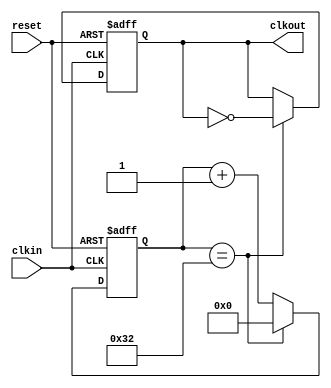
`timescale 1ns / 1ps

module clk_divider(clkin, reset, clkout);

input clkin,reset;
output clkout;

reg [5:0]count;
reg clkout;

always @(posedge clkin or posedge reset) begin
    if(reset)  begin
         count <= 0;
         clkout <= 1'b0;
    end
    else if(count == 50) begin   //1MHz clock frequency
        count <=0;
        clkout <= ~clkout;
    end
    else
        count <= (count + 1);
    end
endmodule